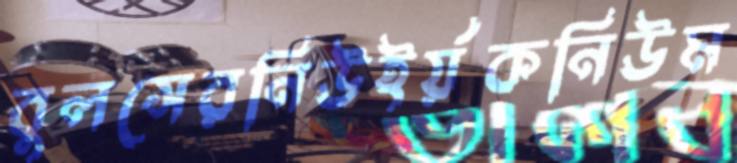
বুলসেরনিউইর্য়কনিউম